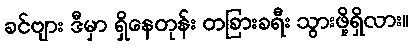
ခင်ဗျား ဒီမှာ ရှိနေတုန်း တခြားခရီး သွားဖို့ရှိလား။